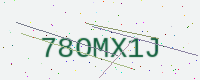
Text: 78OMX1J